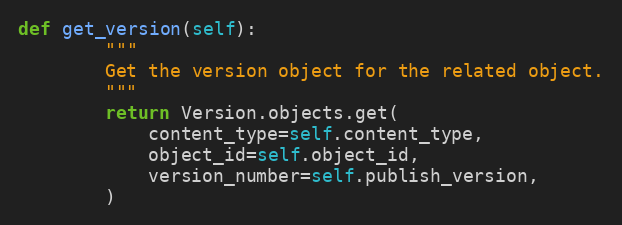
Language: Python
def get_version(self):
        """
        Get the version object for the related object.
        """
        return Version.objects.get(
            content_type=self.content_type,
            object_id=self.object_id,
            version_number=self.publish_version,
        )